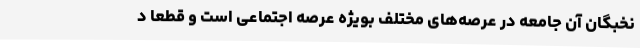
نخبگان آن جامعه در عرصه‌های مختلف بویژه عرصه اجتماعی است و قطعا د